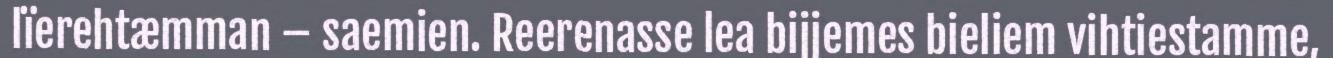
lïerehtæmman – saemien. Reerenasse lea bijjemes bieliem vihtiestamme,